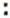
: